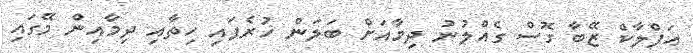
އަފްލާކް ޒޭބާ ގޮސް ގެއްލުނު ދިމާއަށް ބަލަން ހުރެފައި ހިތާއި ދިމާއިން މޭގައި